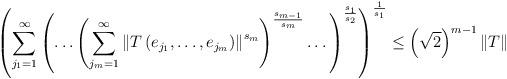
LaTeX: \begin{align*}\left( \sum_{j_{1}=1}^{\infty}\left( \ldots\left( \sum_{j_{m}=1}^{\infty}\left\Vert T\left( e_{j_{1}},\dots,e_{j_{m}}\right) \right\Vert ^{s_{m}}\right) ^{\frac{s_{m-1}}{s_{m}}}\dots\right) ^{\frac{s_{1}}{s_{2}}}\right)^{\frac{1}{s_{1}}}\leq\left( \sqrt{2}\right) ^{m-1}\Vert T\Vert\end{align*}